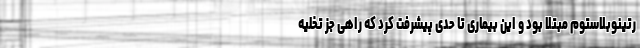
رتینوبلاستوم مبتلا بود و این بیماری تا حدی پیشرفت کرد که راهی جز تخلیه